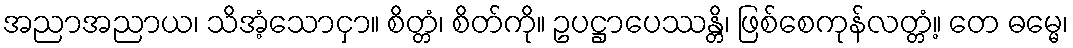
အညာအညာယ၊ သိအံ့သောငှာ။ စိတ္တံ၊ စိတ်ကို။ ဥပဋ္ဌာပေဿန္တိ၊ ဖြစ်စေကုန်လတ္တံ့။ တေ ဓမ္မေ၊